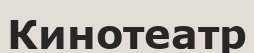
Кинотеатр